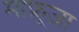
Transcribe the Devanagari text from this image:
माफ्रूज़ा